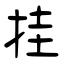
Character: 挂